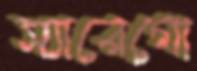
স্যারেগো